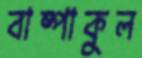
বাষ্পাকুল